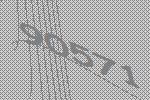
90571